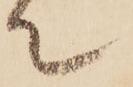
て